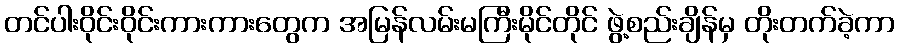
တင်ပါးဝိုင်းဝိုင်းကားကားတွေက အမြန်လမ်းမကြီးမိုင်တိုင် ဖွဲ့စည်းချိန်မှ တိုးတက်ခဲ့ကာ